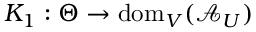
K _ { 1 } : \Theta \to \mathrm { d o m } _ { V } ( \mathcal { A } _ { U } )